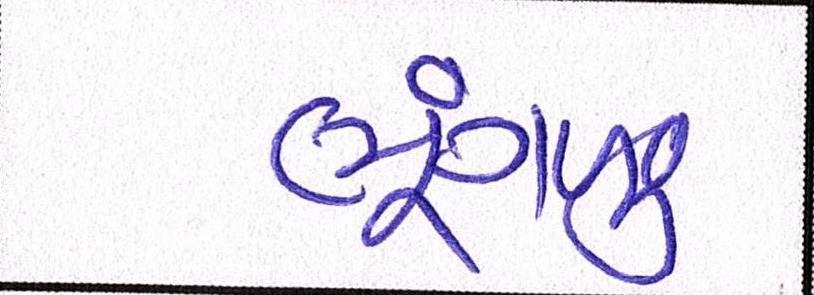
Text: ભૂંગળું